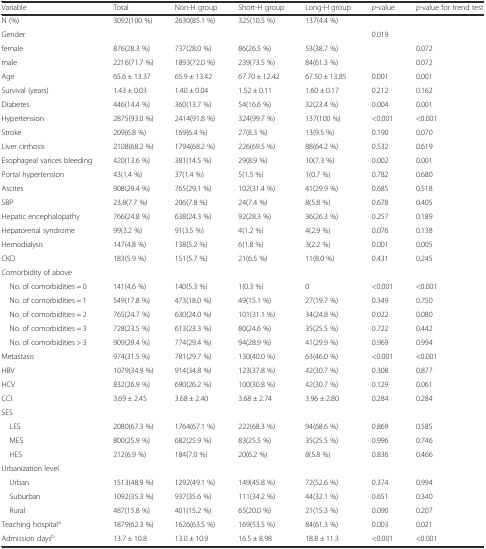
<table><thead><tr><td><b>Variable</b></td><td><b>Total</b></td><td><b>Non-H group</b></td><td><b>Short-H group</b></td><td><b>Long-H group</b></td><td><b><i>p</i>-value</b></td><td><b><i>p-</i>value for trend test</b></td></tr></thead><tbody><tr><td>N (%)</td><td>3092(100 %)</td><td>2630(85.1 %)</td><td>325(10.5 %)</td><td>137(4.4 %)</td><td></td><td></td></tr><tr><td>Gender</td><td></td><td></td><td></td><td></td><td>0.019</td><td></td></tr><tr><td>female</td><td>876(28.3 %)</td><td>737(28.0 %)</td><td>86(26.5 %)</td><td>53(38.7 %)</td><td></td><td>0.072</td></tr><tr><td>male</td><td>2216(71.7 %)</td><td>1893(72.0 %)</td><td>239(73.5 %)</td><td>84(61.3 %)</td><td></td><td>0.072</td></tr><tr><td>Age</td><td>65.6 ± 13.37</td><td>65.9 ± 13.42</td><td>67.70 ± 12.42</td><td>67.50 ± 13.85</td><td>0.001</td><td>0.001</td></tr><tr><td>Survival (years)</td><td>1.43 ± 0.03</td><td>1.40 ± 0.04</td><td>1.52 ± 0.11</td><td>1.60 ± 0.17</td><td>0.212</td><td>0.162</td></tr><tr><td>Diabetes</td><td>446(14.4 %)</td><td>360(13.7 %)</td><td>54(16.6 %)</td><td>32(23.4 %)</td><td>0.004</td><td>0.001</td></tr><tr><td>Hypertension</td><td>2875(93.0 %)</td><td>2414(91.8 %)</td><td>324(99.7 %)</td><td>137(100 %)</td><td>&lt;0.001</td><td>&lt;0.001</td></tr><tr><td>Stroke</td><td>209(6.8 %)</td><td>169(6.4 %)</td><td>27(8.3 %)</td><td>13(9.5 %)</td><td>0.190</td><td>0.070</td></tr><tr><td>Liver cirrhosis</td><td>2108(68.2 %)</td><td>1794(68.2 %)</td><td>226(69.5 %)</td><td>88(64.2 %)</td><td>0.532</td><td>0.619</td></tr><tr><td>Esophageal varices bleeding</td><td>420(13.6 %)</td><td>381(14.5 %)</td><td>29(8.9 %)</td><td>10(7.3 %)</td><td>0.002</td><td>0.001</td></tr><tr><td>Portal hypertension</td><td>43(1.4 %)</td><td>37(1.4 %)</td><td>5(1.5 %)</td><td>1(0.7 %)</td><td>0.782</td><td>0.680</td></tr><tr><td>Ascites</td><td>908(29.4 %)</td><td>765(29.1 %)</td><td>102(31.4 %)</td><td>41(29.9 %)</td><td>0.685</td><td>0.518</td></tr><tr><td>SBP</td><td>23.8(7.7 %)</td><td>206(7.8 %)</td><td>24(7.4 %)</td><td>8(5.8 %)</td><td>0.678</td><td>0.405</td></tr><tr><td>Hepatic encephalopathy</td><td>766(24.8 %)</td><td>638(24.3 %)</td><td>92(28.3 %)</td><td>36(26.3 %)</td><td>0.257</td><td>0.189</td></tr><tr><td>Hepatorenal syndrome</td><td>99(3.2 %)</td><td>91(3.5 %)</td><td>4(1.2 %)</td><td>4(2.9 %)</td><td>0.076</td><td>0.138</td></tr><tr><td>Hemodialysis</td><td>147(4.8 %)</td><td>138(5.2 %)</td><td>6(1.8 %)</td><td>3(2.2 %)</td><td>0.001</td><td>0.005</td></tr><tr><td>CKD</td><td>183(5.9 %)</td><td>151(5.7 %)</td><td>21(6.5 %)</td><td>11(8.0 %)</td><td>0.431</td><td>0.245</td></tr><tr><td>Comorbidity of above</td><td></td><td></td><td></td><td></td><td></td><td></td></tr><tr><td> No. of comorbidities = 0</td><td>141(4.6 %)</td><td>140(5.3 %)</td><td>1(0.3 %)</td><td>0</td><td>&lt;0.001</td><td>&lt;0.001</td></tr><tr><td> No. of comorbidities = 1</td><td>549(17.8 %)</td><td>473(18.0 %)</td><td>49(15.1 %)</td><td>27(19.7 %)</td><td>0.349</td><td>0.750</td></tr><tr><td> No. of comorbidities = 2</td><td>765(24.7 %)</td><td>630(24.0 %)</td><td>101(31.1 %)</td><td>34(24.8 %)</td><td>0.022</td><td>0.080</td></tr><tr><td> No. of comorbidities = 3</td><td>728(23.5 %)</td><td>613(23.3 %)</td><td>80(24.6 %)</td><td>35(25.5 %)</td><td>0.722</td><td>0.442</td></tr><tr><td> No. of comorbidities &gt; 3</td><td>909(29.4 %)</td><td>774(29.4 %)</td><td>94(28.9 %)</td><td>41(29.9 %)</td><td>0.969</td><td>0.994</td></tr><tr><td>Metastasis</td><td>974(31.5 %)</td><td>781(29.7 %)</td><td>130(40.0 %)</td><td>63(46.0 %)</td><td>&lt;0.001</td><td>&lt;0.001</td></tr><tr><td>HBV</td><td>1079(34.9 %)</td><td>914(34.8 %)</td><td>123(37.8 %)</td><td>42(30.7 %)</td><td>0.308</td><td>0.877</td></tr><tr><td>HCV</td><td>832(26.9 %)</td><td>690(26.2 %)</td><td>100(30.8 %)</td><td>42(30.7 %)</td><td>0.129</td><td>0.061</td></tr><tr><td>CCI</td><td>3.69 ± 2.45</td><td>3.68 ± 2.40</td><td>3.68 ± 2.74</td><td>3.96 ± 2.80</td><td>0.284</td><td>0.284</td></tr><tr><td>SES</td><td></td><td></td><td></td><td></td><td></td><td></td></tr><tr><td> LES</td><td>2080(67.3 %)</td><td>1764(67.1 %)</td><td>222(68.3 %)</td><td>94(68.6 %)</td><td>0.869</td><td>0.585</td></tr><tr><td> MES</td><td>800(25.9 %)</td><td>682(25.9 %)</td><td>83(25.5 %)</td><td>35(25.5 %)</td><td>0.996</td><td>0.746</td></tr><tr><td> HES</td><td>212(6.9 %)</td><td>184(7.0 %)</td><td>20(6.2 %)</td><td>8(5.8 %)</td><td>0.836</td><td>0.466</td></tr><tr><td>Urbanization level</td><td></td><td></td><td></td><td></td><td></td><td></td></tr><tr><td> Urban</td><td>1513(48.9 %)</td><td>1292(49.1 %)</td><td>149(45.8 %)</td><td>72(52.6 %)</td><td>0.374</td><td>0.994</td></tr><tr><td> Suburban</td><td>1092(35.3 %)</td><td>937(35.6 %)</td><td>111(34.2 %)</td><td>44(32.1 %)</td><td>0.651</td><td>0.340</td></tr><tr><td> Rural</td><td>487(15.8 %)</td><td>401(15.2 %)</td><td>65(20.0 %)</td><td>21(15.3 %)</td><td>0.090</td><td>0.207</td></tr><tr><td>Teaching hospital<sup>a</sup></td><td>1879(62.3 %)</td><td>1626(63.5 %)</td><td>169(53.5 %)</td><td>84(61.3 %)</td><td>0.003</td><td>0.021</td></tr><tr><td>Admission days<sup>b</sup></td><td>13.7 ± 10.8</td><td>13.0 ± 10.9</td><td>16.5 ± 8.98</td><td>18.8 ± 11.3</td><td>&lt;0.001</td><td>&lt;0.001</td></tr></tbody></table>